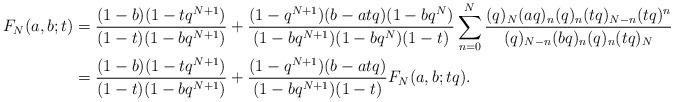
LaTeX: \begin{align*}F_N(a,b;t)&=\frac{(1-b)(1-tq^{N+1})}{(1-t)(1-bq^{N+1})}+\frac{(1-q^{N+1})(b-atq)(1-bq^{N})}{(1-bq^{N+1})(1-bq^{N})(1-t)}\sum_{n=0}^{N}\frac{(q)_N(aq)_n(q)_n(tq)_{N-n}(tq)^n}{(q)_{N-n}(bq)_n(q)_n(tq)_N}\\&=\frac{(1-b)(1-tq^{N+1})}{(1-t)(1-bq^{N+1})}+\frac{(1-q^{N+1})(b-atq)}{(1-bq^{N+1})(1-t)}F_N(a,b;tq).\end{align*}